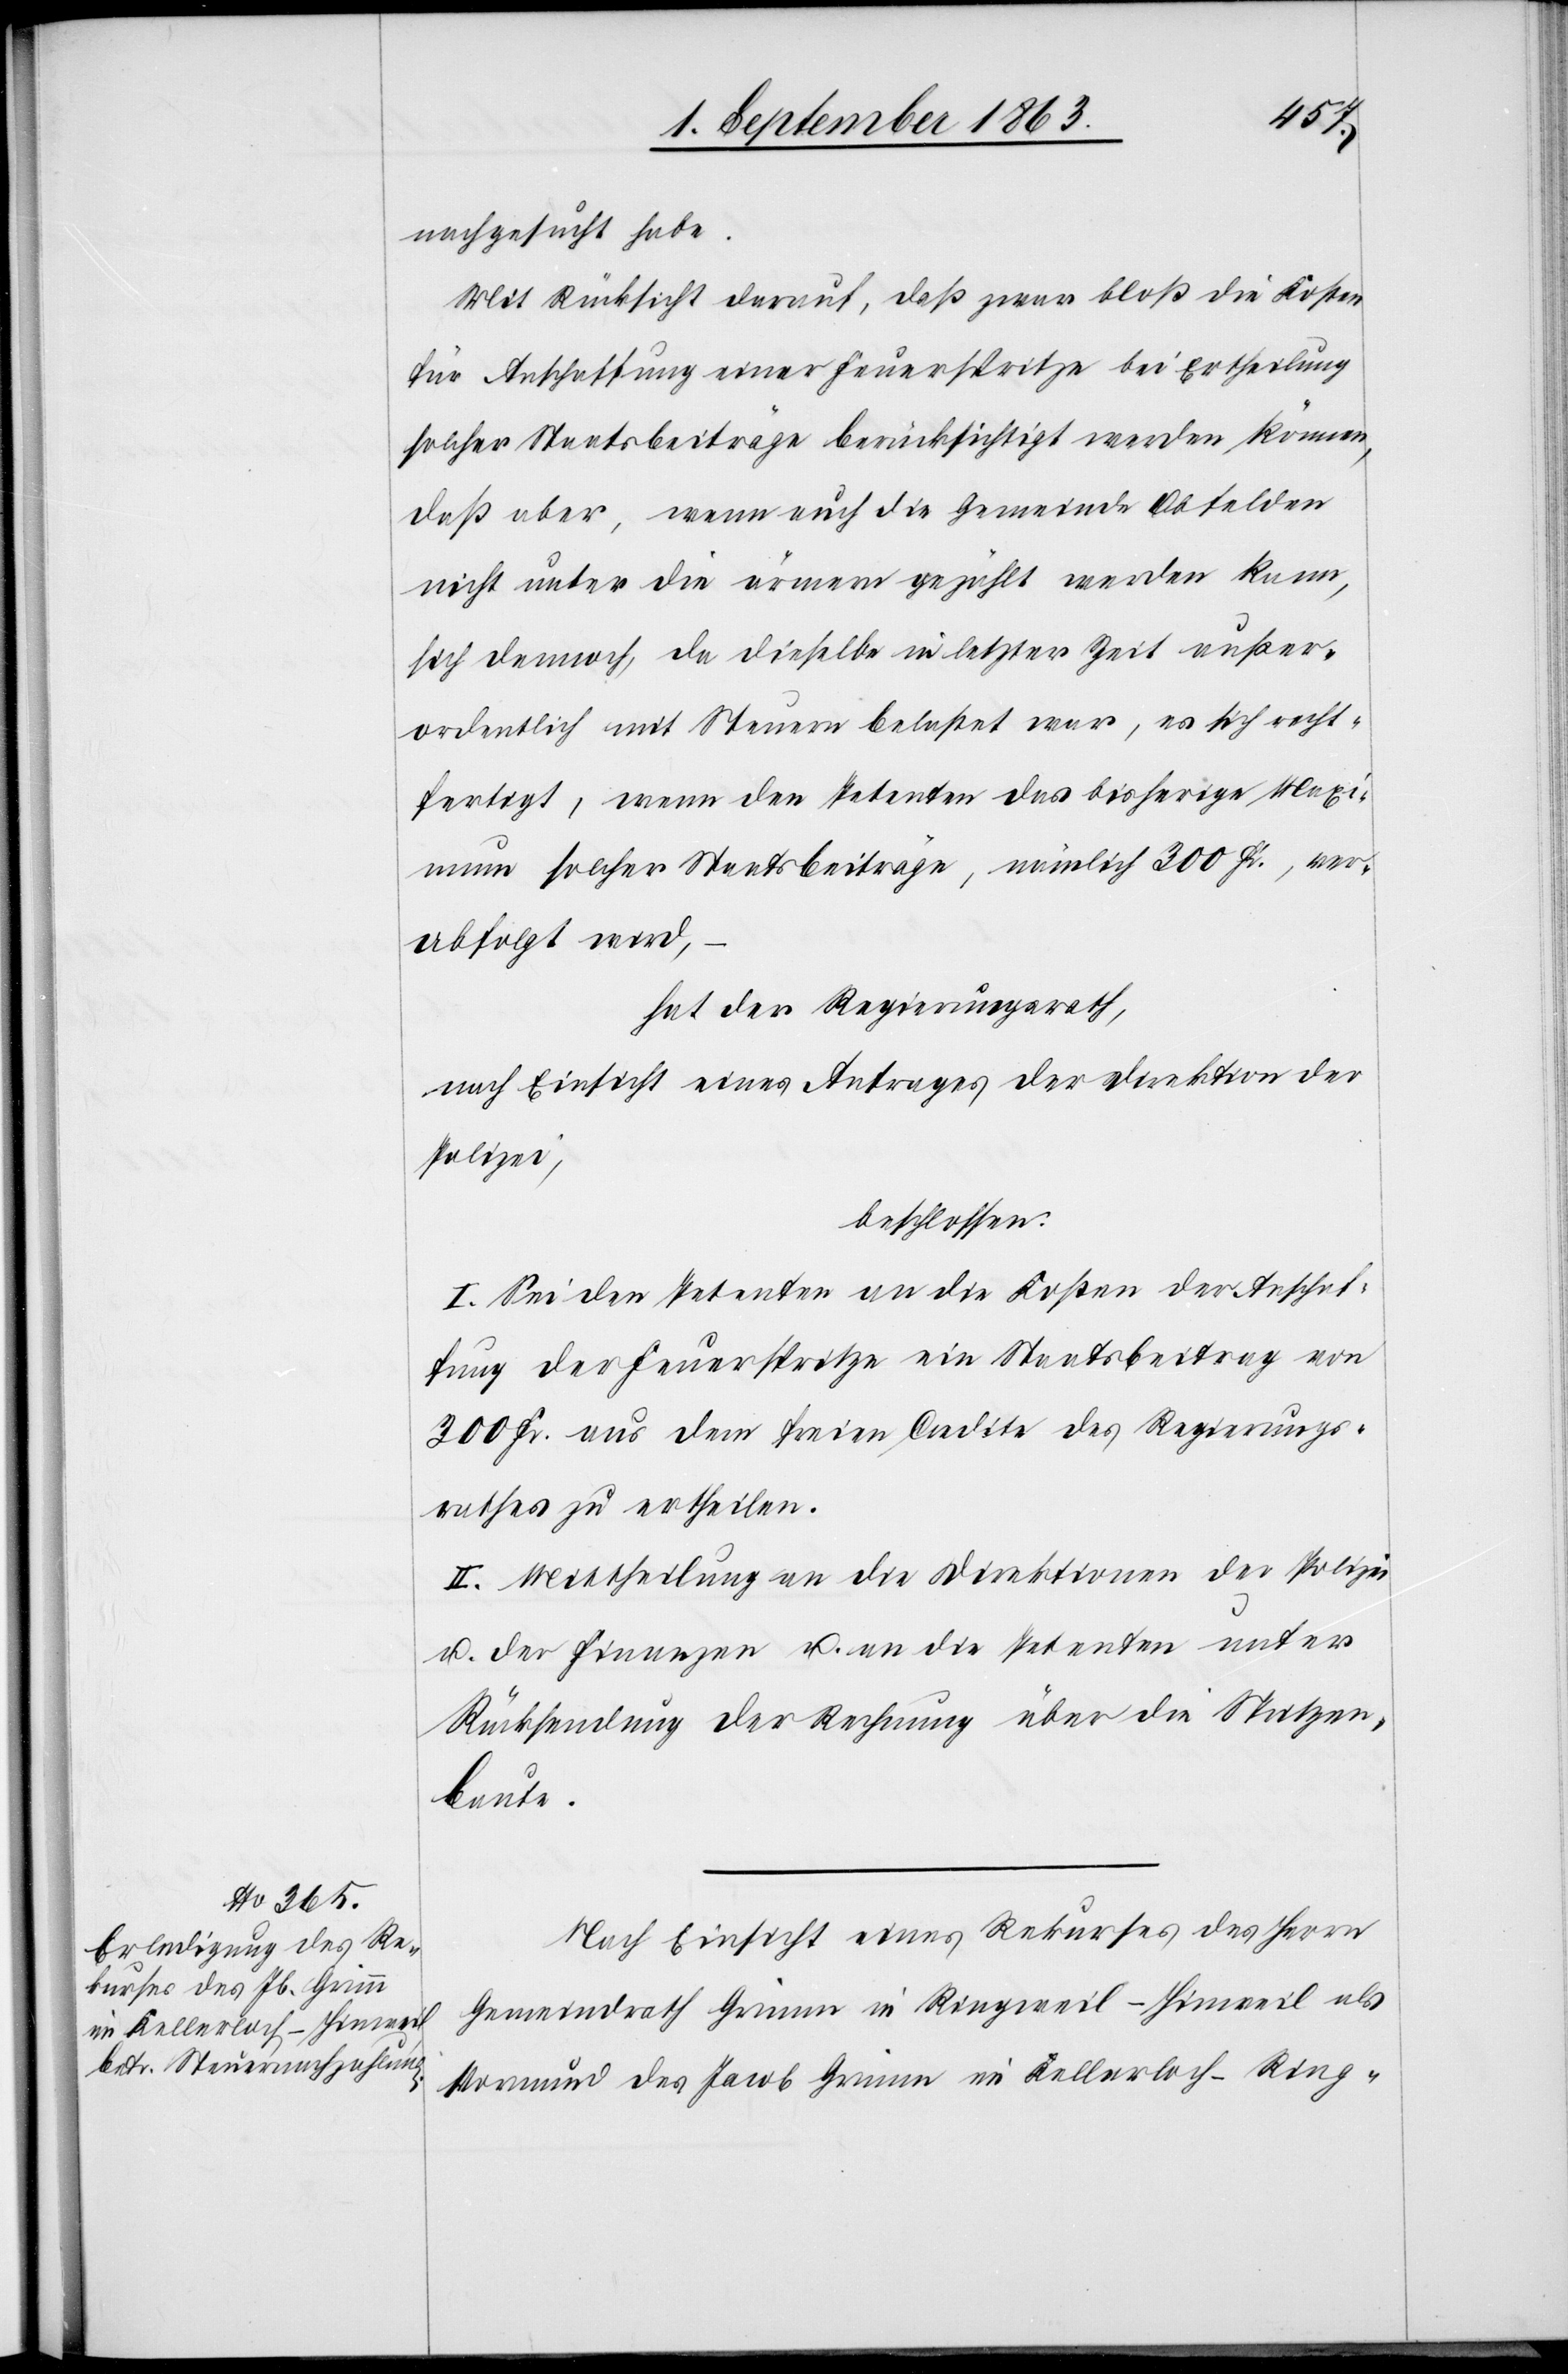
nachgesucht habe.
Mit Rücksicht darauf, daß zwar bloß die Kosten
für Anschaffung einer Feuerspritze bei Ertheilung
solcher Staatsbeiträge berücksichtigt werden können,
daß aber, wenn auch die Gemeinde Obfelden
nicht unter die ärmern gezählt werden kann,
sich dennoch, da dieselbe in letzter Zeit außer¬
ordentlich mit Steuern belastet war, es sich recht¬
fertigt, wenn den Petenten das bisherige Maxi¬
mum solcher Staatsbeiträge, nämlich 300 Fr., ver¬
abfolgt wird,
hat der Regierungsrath,
nach Einsicht eines Antrages der Direktion der
Polizei,
beschlossen:
I. Sei den Petenten an die Kosten der Anschaf¬
fung der Feuerspritze ein Staatsbeitrag von
300 Fr. aus dem freien Credite des Regierungs¬
rathes zu ertheilen.
II. Mittheilung an die Direktionen der Polizei
u. der Finanzen u. an die Petenten unter
Rücksendung der Rechnung über die Spritzen¬
baute.
Nach Einsicht eines Rekurses des Herrn
Gemeindrath Grimm in Ringweil-Hinweil als
Vormund des Jacob Grimm im Kellerloch-Ring-